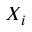
X _ { i }